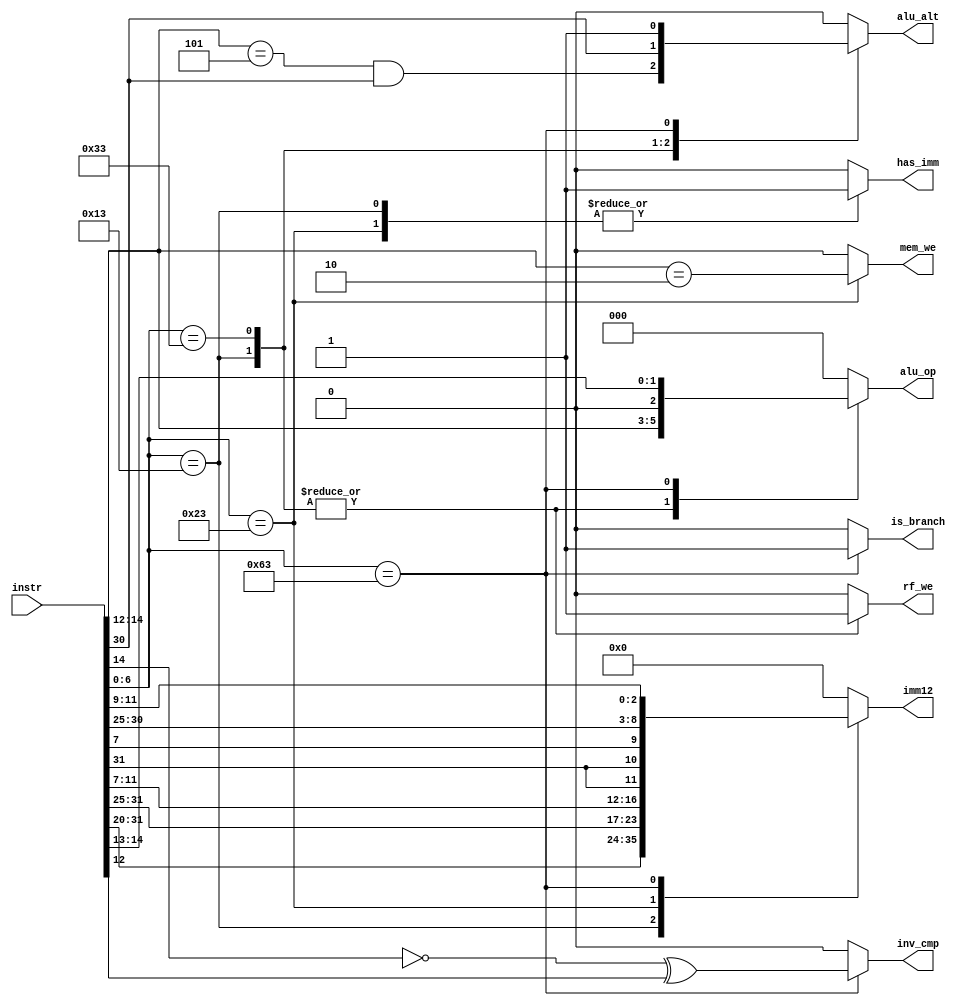
module control(
    input [31:0]instr,

    output reg [11:0]imm12,
    output reg rf_we,
    output reg [2:0]alu_op,
    output reg has_imm,
    output reg mem_we,
    output reg alu_alt,
    output reg inv_cmp,
    output reg is_branch
);

wire [6:0]opcode = instr[6:0];
wire [2:0]funct3 = instr[14:12];

always @(*) begin
    rf_we = 1'b0;
    alu_op = 3'b0;
    imm12 = 12'b0;
    has_imm = 1'b0;
    mem_we = 1'b0;
    alu_alt = 1'b0;
    inv_cmp = 1'b0;
    is_branch = 1'b0;

    casez (opcode)
        7'b0010011: begin // ADDI, SLTI, SLTIU, XORI, ORI, ANDI, SLLI, SRLI, SRAI
            rf_we = 1'b1;
            alu_op = funct3;
            imm12 = instr[31:20];
            has_imm = 1'b1;
            alu_alt = (funct3 == 3'b101) && instr[30];
`ifdef __ICARUS__
            $strobe("(%s) opcode = %b", "OP-IMM", opcode);
`endif
        end
        7'b0110011: begin // ADD, SUB, SLL, SLT, SLTU, XOR, SRL, SRA, OR, AND
            rf_we = 1'b1;
            alu_op = funct3;
            alu_alt = instr[30];
`ifdef __ICARUS__
            $strobe("(%s) opcode = %b", "OP", opcode);
`endif
        end
        7'b0100011: begin // SW
            imm12 = {instr[31:25], instr[11:7]};
            has_imm = 1'b1;
            mem_we = (funct3 == 3'b010);
`ifdef __ICARUS__
            $strobe("(%s) opcode = %b", "STORE", opcode);
`endif
        end
        7'b1100011: begin // BEQ, BNE, BLT, BGE, BLTU, BGEU
            alu_op = {1'b0, funct3[2:1]};
            alu_alt = 1'b1;
            inv_cmp = ~funct3[2] ^ funct3[0];
            is_branch = 1'b1;
            imm12 = {instr[31], instr[31], instr[7], instr[30:25], instr[11:9]};
`ifdef __ICARUS__
            $strobe("(%s) opcode = %b", "BRANCH", opcode);
`endif
        end
        default: begin
`ifdef __ICARUS__
            $strobe("(%s) opcode = %b", "UNKNOWN", opcode);
`endif
        end
    endcase
end

endmodule